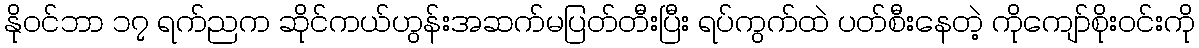
နိုဝင်ဘာ ၁၇ ရက်ညက ဆိုင်ကယ်ဟွန်းအဆက်မပြတ်တီးပြီး ရပ်ကွက်ထဲ ပတ်စီးနေတဲ့ ကိုကျော်စိုးဝင်းကို